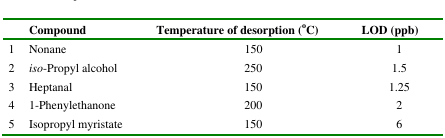
|  | Compound | Temperature of desorption (°C) | LOD (ppb) |
 | --- | --- | --- | --- |
 | 1 | Nonane | 150 | 1 |
 | 2 | iso-Propyl alcohol | 250 | 1.5 |
 | 3 | Heptanal | 150 | 1.25 |
 | 4 | 1-Phenylethanone | 200 | 2 |
 | 5 | Isopropyl myristate | 150 | 6 |